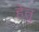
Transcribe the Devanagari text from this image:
हेेतु